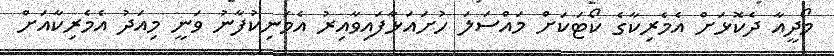
މޯދީއާ ދެކޮޅަށް އެމެރިކާގެ ކޯޓަކަށް މައްސަލަ ހުށައަޅާފައިވާއިރު އެމަނިކުފާނު ވަނީ މިއަދު އެމެރިކާއަށް